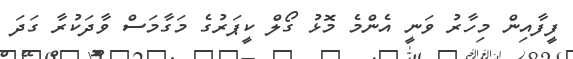
ފީފާއިން މިހާރު ވަނީ އެންމެ މޮޅު ގޯލް ކީޕަރުގެ މަގާމަސް ވާދަކުރާ ގަދަ